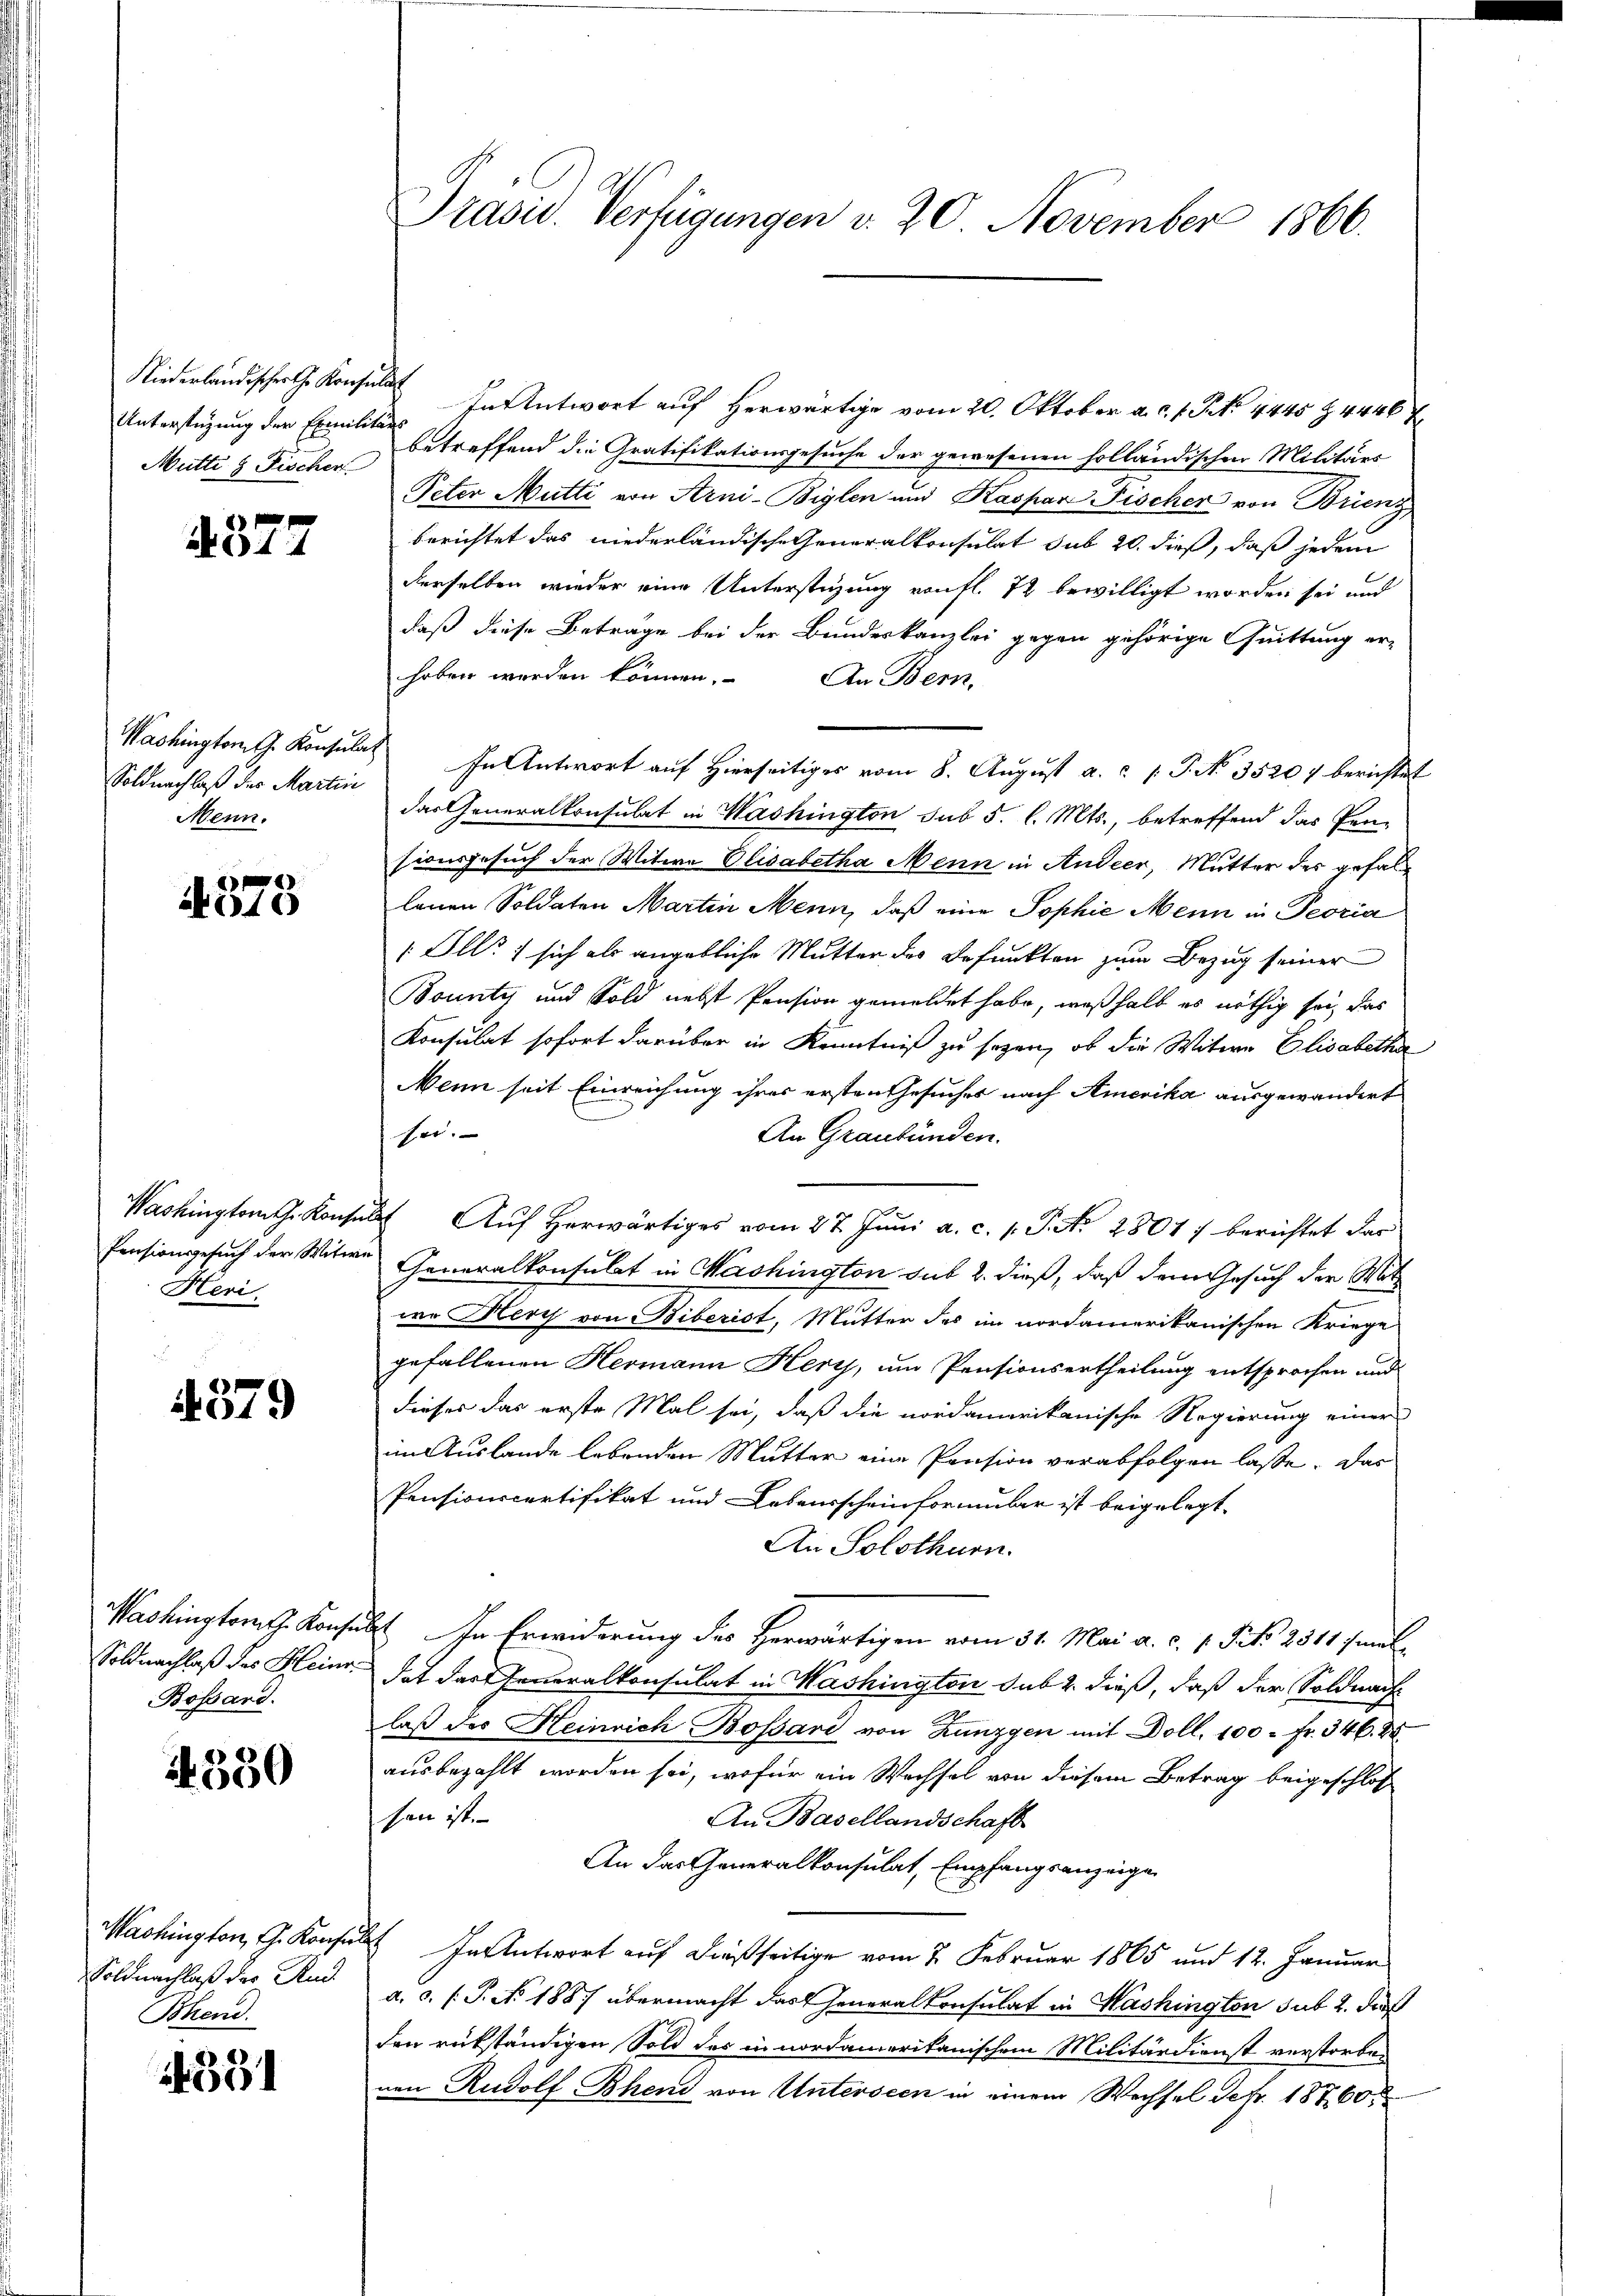
Mütte & Fischer

4377

Soldnachlaß der Martin
Menn.

4378

Heri

379

Washington Konfe
Bossard.

1350

Soldnachlaß der Rud.
Bhend.

351

Niederlandischer Konsul entwort auf herwärtige vom 20. Oktober a. c. s. S. 4445 Z 444 f
Unterstützung der Existen betreffend die Gratifikationsgesuche der gewesenen holländischen Militärs
Peter Mutti von Arni-Biglen und Kaspar Fischer von Brienz,
berichtet das niederländische Generalkonsulat sub 20. dieß, daß jedem
derselben wieder eine Unterstüzung von fl. 72 bewilligt worden sei und
daß diese Beträge bei der Bundeskanzlei gegen gehörige Quittung erhoben worden können. An Bern,
Washingten Konsulat In Antwort auf Hierseitiges vom 8. August a. c. J. No. 35207 berichtet
das Generalkonsulat in Washington sub 5. l. Mts., betreffend das Pen-
sionsgesuch der Witwe Elisabetha Menn in Andeer, Mutter des gefallauen Soldaten Martin Menn, daß eine Sophie Mein in Peoria
1 Ill. 1 sich als angebliche Mutter des Befunkten zum Bezug seiner
Bounty und Sold nebst Pension gemeldet habe, weßhalb es nöthig sei, das
Konsulat sofort darüber in Kenntniß zu seyen, ob die Witwe Elisabethe
Menn seit Einreichung ihres ersten Gesuches nach Amerika ausgewandert
sei.
An Graubünden.
Washington Konsŭlt Aŭf herwärtiges vom 27. Jŭni a. c. s. S. N. 2807) berichtet dar
Pensionsgesuch der Witwe Generalkonsulat in Washington sub 2. dieß, daß dem Gesuch der Mutz
wo Herz von Biberist, Mutter des im nordamerikanischen Kriege
gefallenen Hermann Herz, um Pensionsertheilung entsprochen und
dieses das erste Mal sei, daß die nordamerikanische Regierung einer
im Auslande lebenden Mutter eine Pension verabfolgen lasse. Das
Pensionscertifikat und Lebensscheinformular ist beigelegt.
An Solothurn.
übt. In Erwiderung des Herwärtigen vom 31. Mai a. c. 1. Frk. 2511 mal
Soldnachlaß des Heinr. dat das Generalkonsulat in Washington sub 2. dieß, daß der Soldnach
laß des Heinrich Bossari von Zunzgen mit Doll. 100 Fr. 346. 25.
ausbezahlt worden sei, wofür ein Wechsel von diesem Betrag beigeschlos
sen ist.
An Basellandschaft
An das Generalkonsulat, Empfangsanzeige
Mashington, G. Konsul In Antwort auf dießseitige vom 7. Februar 1865 und 12. Januar
a. c. (T. No 1887 übermacht das Generalkonsulat in Washington sub 2. daß
den rükständigen Sold des in nordamerikanischem Militärdienst verstorbenen Rudolf Bhen von Unterseen in einem Wechsel defr. 18760.

Präsid. Verfügungen v. 20. November 1866.